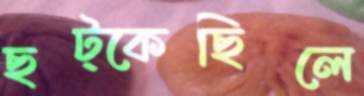
ছট্‌কেছিলে